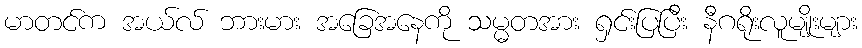
မာတင်က အယ်လ် ဘားမား အခြေအနေကို သမ္မတအား ရှင်းပြပြီး နီဂရိုးလူမျိုးများ